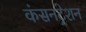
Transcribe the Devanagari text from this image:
कंसनट्रेशन